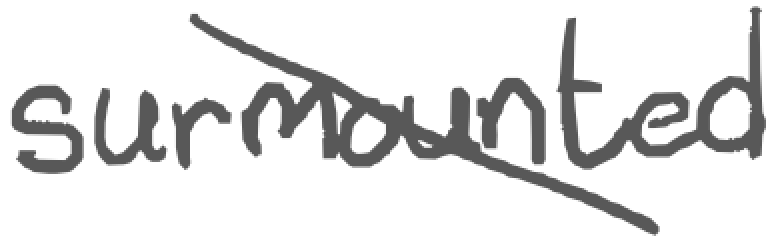
Text: surmounted
Cross-out: diagonal
Writing tool: digital_gray